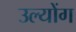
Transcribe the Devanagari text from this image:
उल्योंग